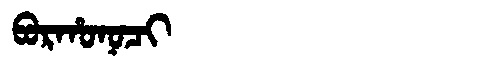
Manchu: ᠪᠣᡵᡥᠣᠨᠣᠴᡳ
Romanization: BORHONOCI